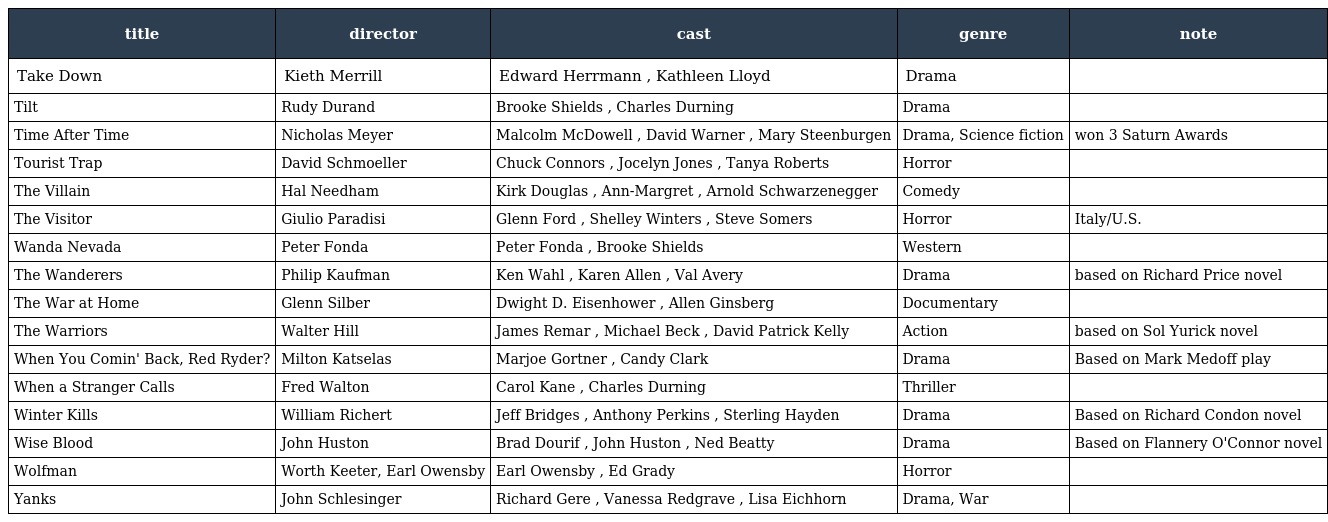
| title | director | cast | genre | note |
 | --- | --- | --- | --- | --- |
 | Take Down | Kieth Merrill | Edward Herrmann , Kathleen Lloyd | Drama |  |
 | Tilt | Rudy Durand | Brooke Shields , Charles Durning | Drama |  |
 | Time After Time | Nicholas Meyer | Malcolm McDowell , David Warner , Mary Steenburgen | Drama, Science fiction | won 3 Saturn Awards |
 | Tourist Trap | David Schmoeller | Chuck Connors , Jocelyn Jones , Tanya Roberts | Horror |  |
 | The Villain | Hal Needham | Kirk Douglas , Ann-Margret , Arnold Schwarzenegger | Comedy |  |
 | The Visitor | Giulio Paradisi | Glenn Ford , Shelley Winters , Steve Somers | Horror | Italy/U.S. |
 | Wanda Nevada | Peter Fonda | Peter Fonda , Brooke Shields | Western |  |
 | The Wanderers | Philip Kaufman | Ken Wahl , Karen Allen , Val Avery | Drama | based on Richard Price novel |
 | The War at Home | Glenn Silber | Dwight D. Eisenhower , Allen Ginsberg | Documentary |  |
 | The Warriors | Walter Hill | James Remar , Michael Beck , David Patrick Kelly | Action | based on Sol Yurick novel |
 | When You Comin' Back, Red Ryder? | Milton Katselas | Marjoe Gortner , Candy Clark | Drama | Based on Mark Medoff play |
 | When a Stranger Calls | Fred Walton | Carol Kane , Charles Durning | Thriller |  |
 | Winter Kills | William Richert | Jeff Bridges , Anthony Perkins , Sterling Hayden | Drama | Based on Richard Condon novel |
 | Wise Blood | John Huston | Brad Dourif , John Huston , Ned Beatty | Drama | Based on Flannery O'Connor novel |
 | Wolfman | Worth Keeter, Earl Owensby | Earl Owensby , Ed Grady | Horror |  |
 | Yanks | John Schlesinger | Richard Gere , Vanessa Redgrave , Lisa Eichhorn | Drama, War |  |